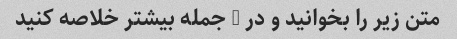
متن زیر را بخوانید و در 3 جمله بیشتر خلاصه کنید